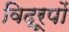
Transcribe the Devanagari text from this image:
विद्रूपों